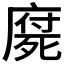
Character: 𣩇